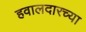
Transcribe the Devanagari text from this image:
हवालदारच्या